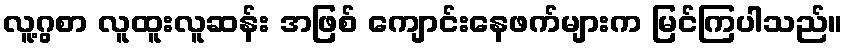
လူ့ဂွစာ လူထူးလူဆန်း အဖြစ် ကျောင်းနေဖက်များက မြင်ကြပါသည်။